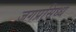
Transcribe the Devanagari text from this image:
जगप्रसिध्ध